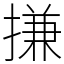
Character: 搛